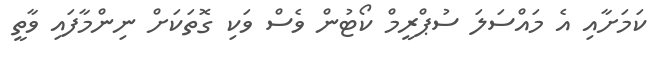
ކަމަށާއި އެ މައްސަލަ ސުޕްރީމް ކޯޓުން ވެސް ވަކި ގޮތަކަށް ނިންމާފައި ވާތީ